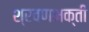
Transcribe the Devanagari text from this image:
श्रवणभक्ती